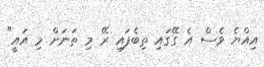
އިއްޔެ ވެސް އެ ގޭގައި ތިބެފައި ރޭ މި ތަނަށް މި އައީ"